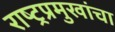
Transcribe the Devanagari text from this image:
राष्ट्रप्रमुखांचा